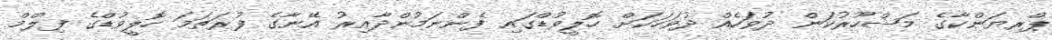
ޕްރިޔަންކާގެ މަޝްހޫރުކަން ދުވަހެއް ދުވަަހަކަށް ހޮލީވުޑްގައި ފެންނަމުންދާއިރު އޭނާގެ ފުރަތަމަ ހޮލީވުޑްގެ ފިލްމް